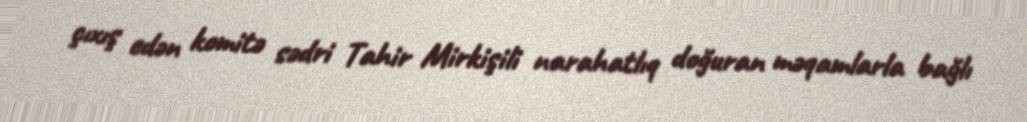
çıxış edən komitə sədri Tahir Mirkişili narahatlıq doğuran məqamlarla bağlı